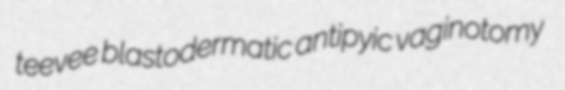
teevee blastodermatic antipyic vaginotomy